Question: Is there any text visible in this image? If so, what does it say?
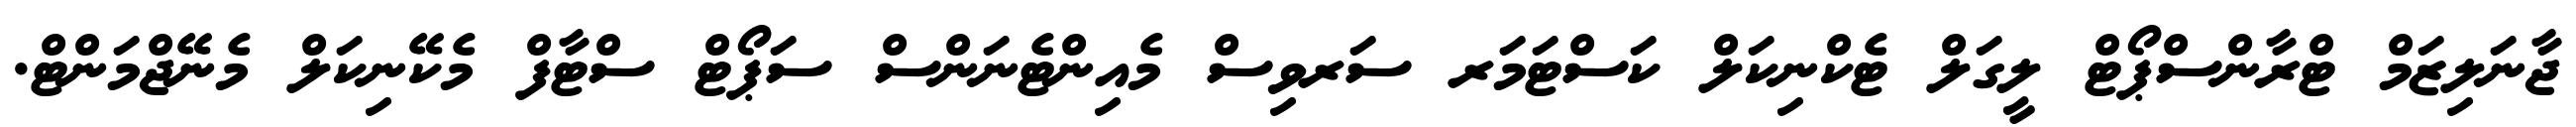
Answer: ޖާނަލިޒަމް ޓްރާންސްޕޯޓް ލީގަލް ޓެކްނިކަލް ކަސްޓަމަރ ސަރވިސް މެއިންޓެނަންސް ސަޕޯޓް ސްޓާފް މެކޭނިކަލް މެނޭޖްމަންޓް.